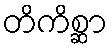
တိကိစ္ဆာ